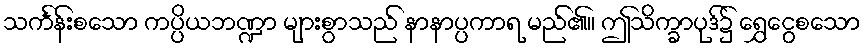
သင်္ကန်းစသော ကပ္ပိယဘဏ္ဍာ များစွာသည် နာနာပ္ပကာရ မည်၏။ ဤသိက္ခာပုဒ်၌ ရွှေငွေစသော